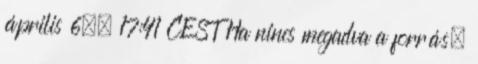
április 6., 17:41 CEST Ha nincs megadva a forrás,